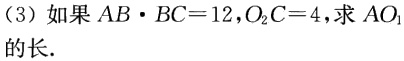
（3）如果\(AB\cdot BC = 12\)，\(O_{2}C = 4\)，求\(AO_{1}\)的长.